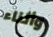
وأثناء